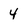
Character: 4